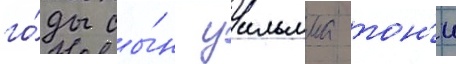
го́ды сы́н уильяма тон'и